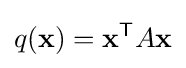
q(\mathbf {x} )=\mathbf {x} ^{\textsf {T}}A\mathbf {x}